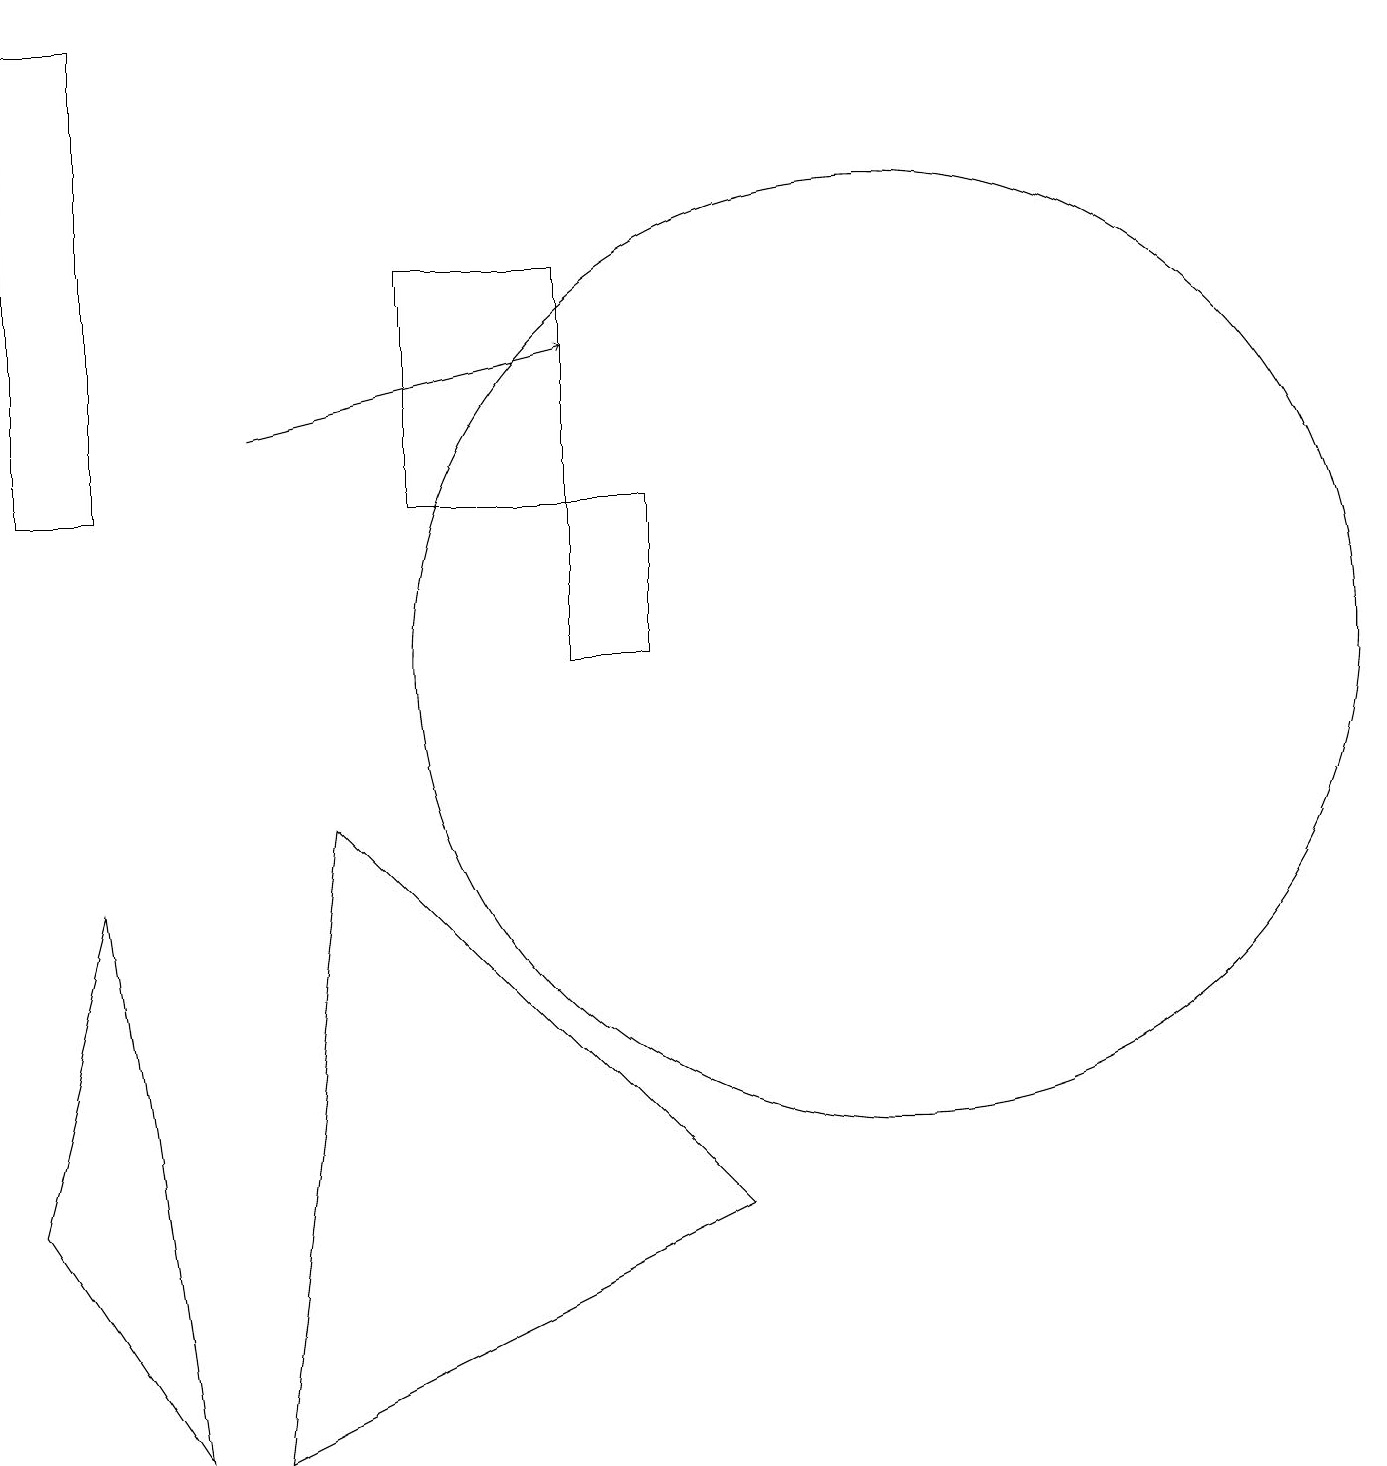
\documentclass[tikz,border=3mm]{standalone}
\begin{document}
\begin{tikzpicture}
\draw (9,3) -- (3,0) -- (4,8) -- cycle;
\draw (8,12) rectangle (7,10);
\draw[->] (3,13) -- (7,14);
\draw (2,0) -- (1,7) -- (0,3) -- cycle;
\draw (5,15) rectangle (7,12);
\draw (11,10) circle (6);
\draw (1,18) rectangle (0,12);
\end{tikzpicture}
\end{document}